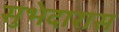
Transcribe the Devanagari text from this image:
सुभेदारास